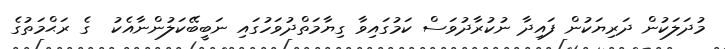
މުދަލަކުން ދަރިޔަކުން ފައިދާ ނުކުރާދުވަސް ކަމުގައިވާ ގިޔާމަތްދުވަހުގައި ނަބީބޭކަލުންނާއެކު  ގެ ރަޙްމަތުގެ